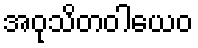
အဝုသိတဝါယေဝ